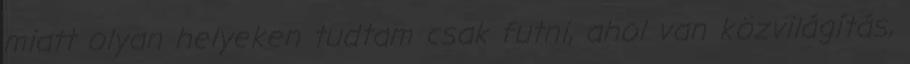
miatt olyan helyeken tudtam csak futni, ahol van közvilágítás,